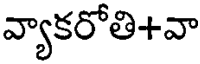
వ్యాకరోతి+వా